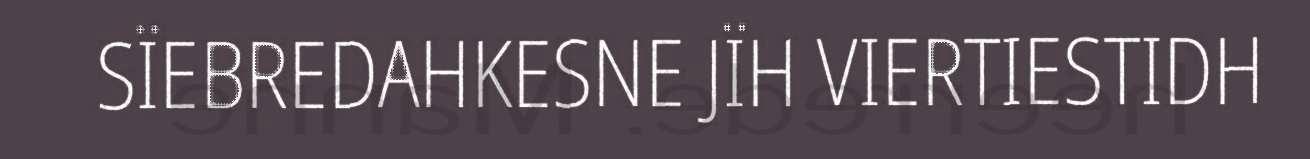
SÏEBREDAHKESNE JÏH VIERTIESTIDH